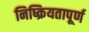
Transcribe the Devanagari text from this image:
निष्क्रियतापूर्ण